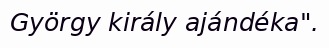
György király ajándéka".